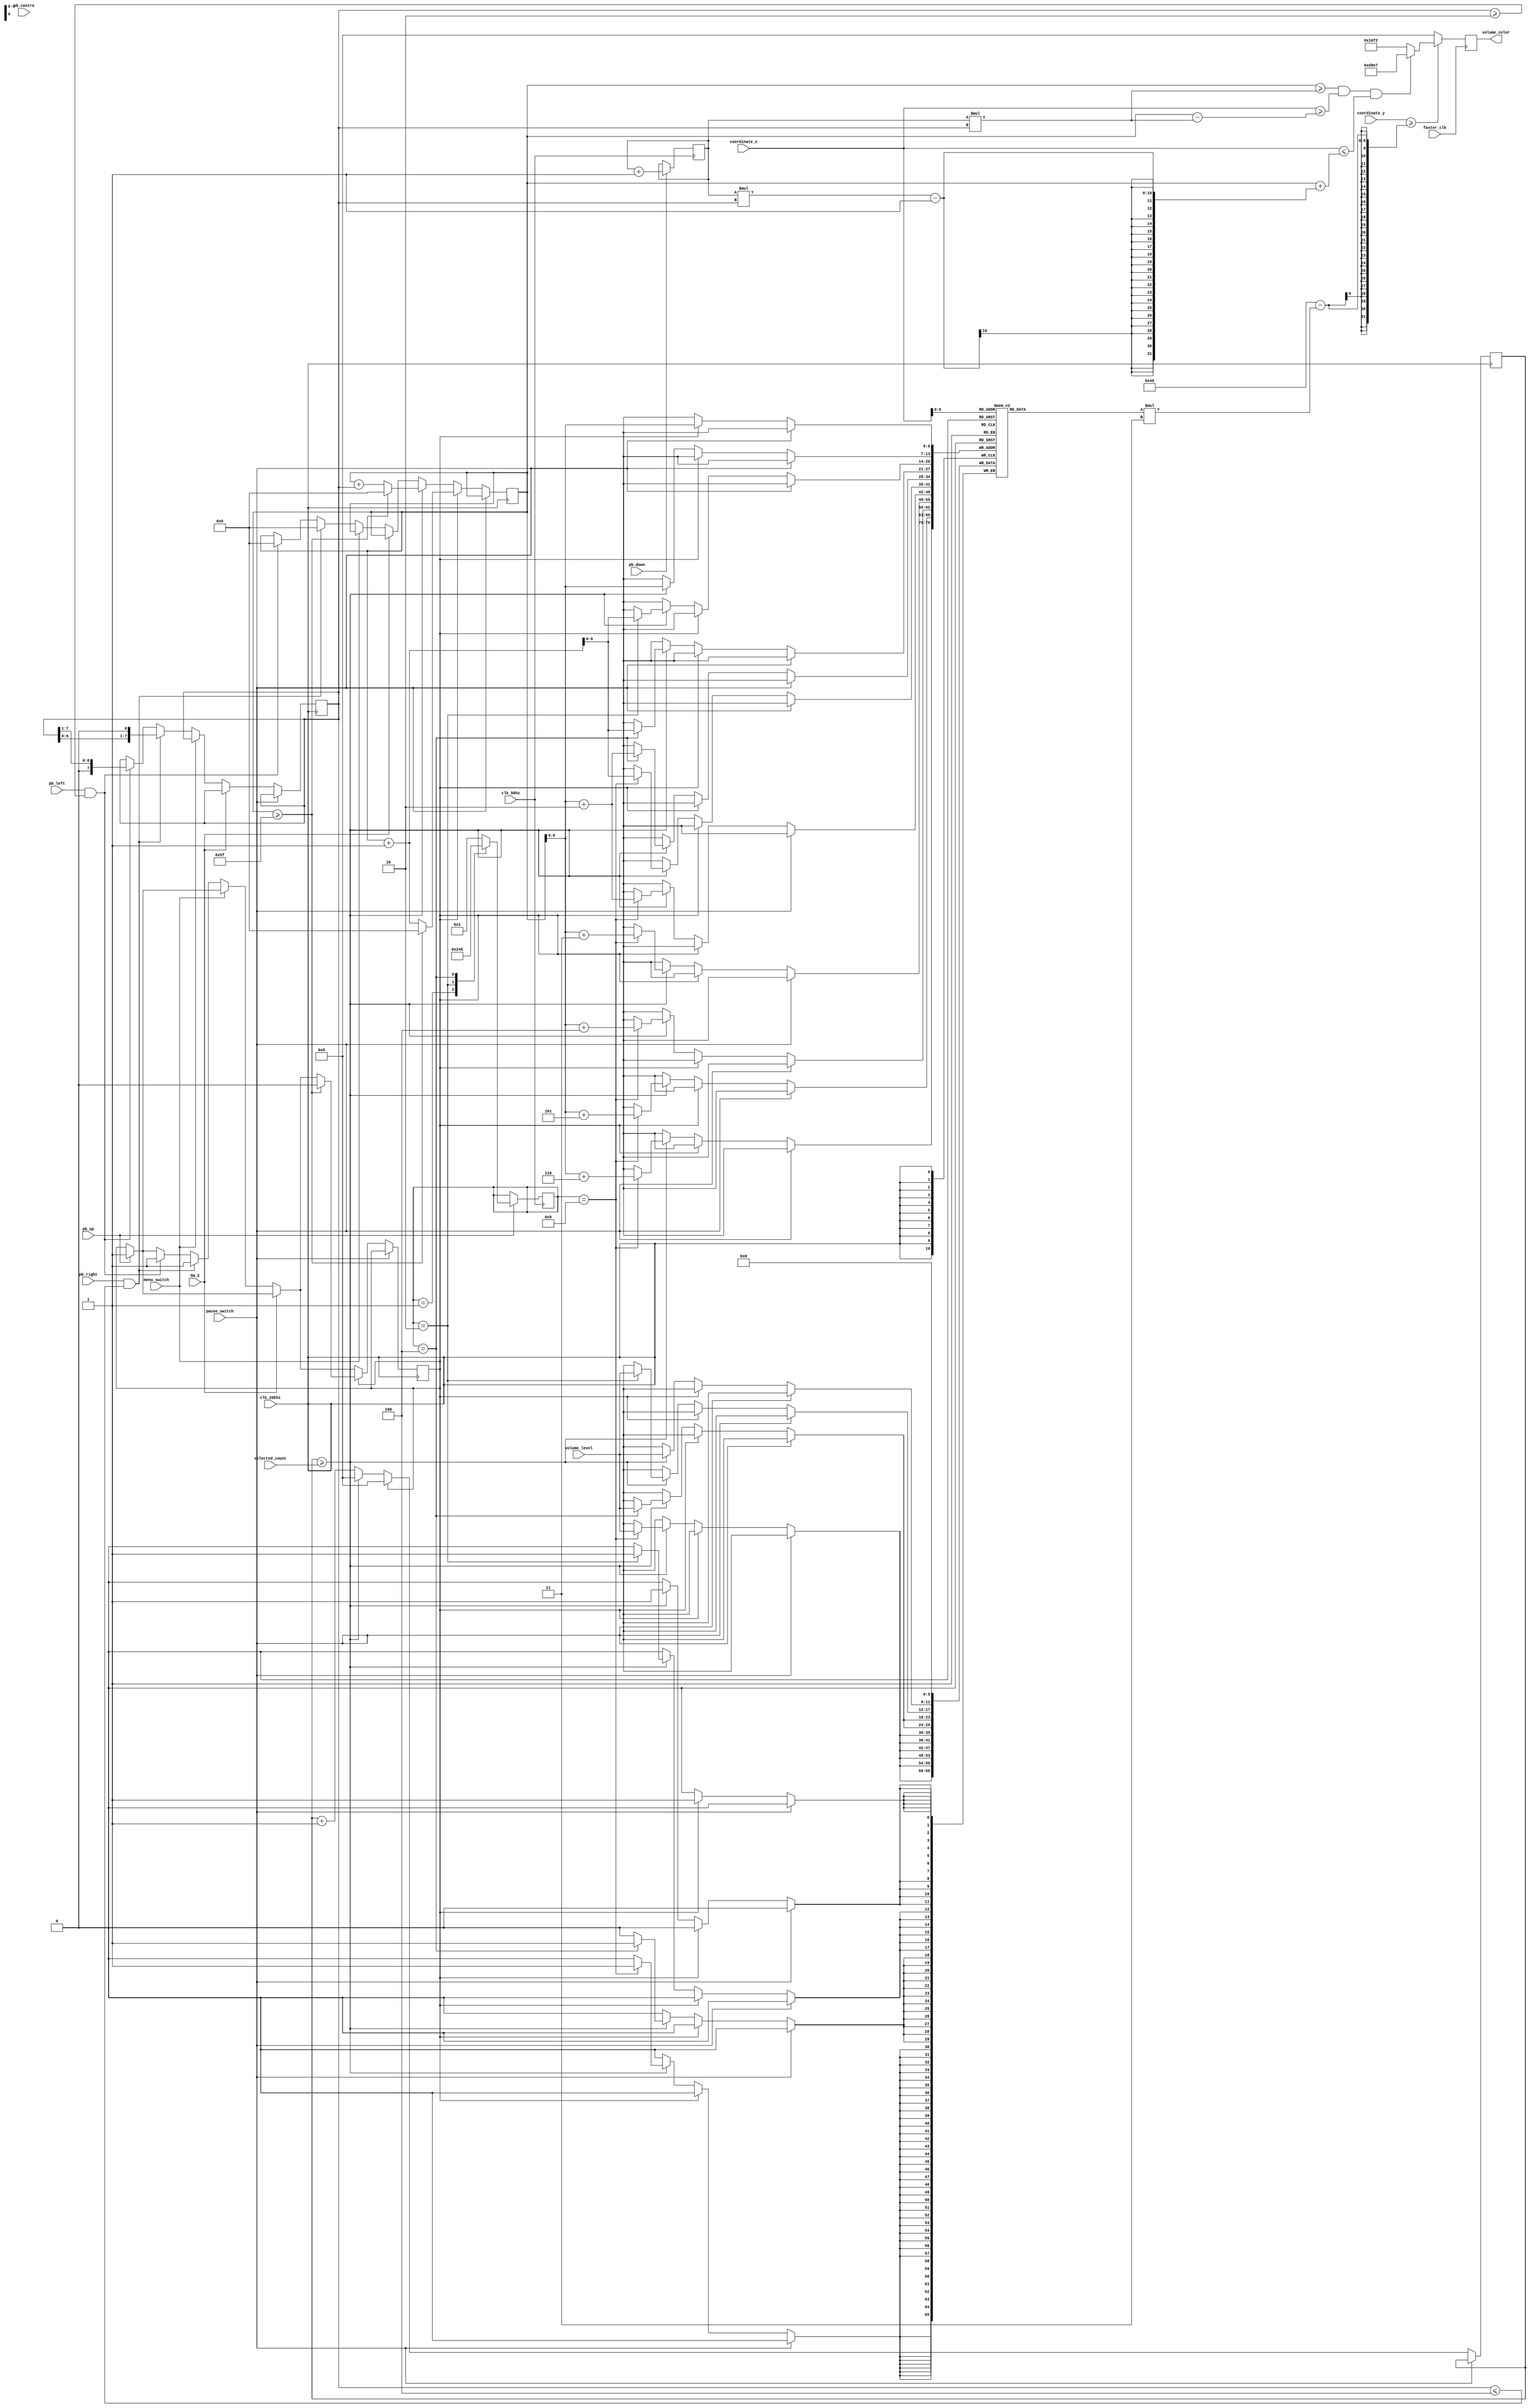
`timescale 1ns / 1ps
//////////////////////////////////////////////////////////////////////////////////
// Company: 
// Engineer: 
// 
// Design Name: 
// Module Name: bar_wave
// Project Name: 
// Target Devices: 
// Tool Versions: 
// Description: 
// 
// Dependencies: 
// 
// Revision:
// Revision 0.01 - File Created
// Additional Comments:
// 
//////////////////////////////////////////////////////////////////////////////////


module bar_wave(input faster_clk,input clk_20khz, input clk_50hz, input [7:0] coordinate_x, input [6:0] coordinate_y, input [5:0] volume_level , input pb_left, pb_centre, pb_right, pb_down, pb_up,input menu_switch, input SW_2, pause_switch, output reg [15:0] volume_color = 0, input [19:0] selected_count );

reg [5:0] volume_history[120:0]; // to be safe because volume_history of 105 that index exist
reg [7:0] volume_index = 0; // 8 bits is required to store until 95
reg [7:0] bar_space = 1; // bar_space = 1 means no spacing between the bars
reg [3:0] bar_thickness = 1; 

reg[15:0] sample_count = 0;
reg[1:0] current_color_bar = 0;  

reg pb_clear_history = 0;

always @(posedge clk_20khz) // every 50us save the volumelevel to the array 
begin
    if(pause_switch == 0)
    begin
        if(pb_up == 1)
        pb_clear_history <= 1;   
        
        if (SW_2 == 0)
        begin
            if (menu_switch == 0) // controlling the bar only when the SW0 is off
            begin
                if (pb_right == 1 && bar_space <= 4)
                begin    
                    bar_space <= bar_space << 1;
                    pb_clear_history <= 1; 
                    volume_index <= 0;
                end
                
                else if (pb_left == 1 && bar_space >=2)
                begin
                    bar_space <= bar_space >> 1;
                    pb_clear_history <= 1; 
                    volume_index <= 0;
                end
            end // for the menu_switch
        end
        
        if (pb_clear_history == 1)  // clearing whole screen/history
        begin
            sample_count <= 0;
            volume_history[volume_index] <= 0;
            
            if (volume_index >= 95) // clearing history completed
            begin
                volume_index <= 0;  
                pb_clear_history <= 0;      
            end
            else
            begin
                volume_index <= volume_index + 1;
            end
        end
        
        else    // not clearing history, decide bar thickness
        begin
            sample_count <= sample_count + 1;
            if (sample_count >= selected_count)
            begin
                sample_count <= 0;
                volume_history[volume_index] <= volume_level;
                
                if (bar_thickness ==2)
                    volume_history[volume_index+1] <= volume_level;
                    
                if (bar_thickness ==4)
                begin
                    volume_history[volume_index+1] <= volume_level;
                    volume_history[volume_index+2] <= volume_level;
                    //volume_history[volume_index+3] <= volume_level;
                end
                
                if (bar_thickness ==8)
                begin
                    volume_history[volume_index+1] <= volume_level;
                    volume_history[volume_index+2] <= volume_level;
                    volume_history[volume_index+3] <= volume_level;
                    volume_history[volume_index+4] <= volume_level;
                    volume_history[volume_index+5] <= volume_level;
                    volume_history[volume_index+6] <= volume_level;
                    //volume_history[volume_index+7] <= volume_level;
                end
                volume_index <= (volume_index >= 95) ? 0 : volume_index + bar_space; // store volume_level to the 2d array
            end
        end
     end // for SW_8 Pausing
end

always@(posedge faster_clk)// checks very often >> volume
begin
    if(coordinate_y >= 64-(volume_history[coordinate_x])*3)  // x and y coordinate keep moving!!!!!!!
    begin
        if (volume_index >= (current_color_bar * bar_space) && coordinate_x >= (volume_index - (current_color_bar* bar_space)) && coordinate_x <= (volume_index + ((current_color_bar * bar_space)-1)))
            volume_color <= 16'hD9E7;
        else
            volume_color <= 16'h10F2;  // normal color
    end
    else
       volume_color <= 0;
    
end
    
always@(posedge clk_50hz)
begin
   // current_color_bar <= 3; 
    if(pb_down == 1)
    current_color_bar <= current_color_bar + 1;
    
    if(pb_up == 1)
    case(bar_thickness)
        4'b0001 : bar_thickness <= 4'b0010;
        4'b0010 : bar_thickness <= 4'b0100;
        4'b0100 : bar_thickness <= 4'b1000;
        default : bar_thickness <= 4'b0001;  // 8 doesnt exitst goes back to default
    endcase
    
//    if(bar_thickness > 1)   // if the user change bar thickness, disable green color
//        current_color_bar <= 0;   
        
    
    
end



endmodule